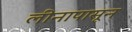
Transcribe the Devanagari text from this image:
लीनापासून